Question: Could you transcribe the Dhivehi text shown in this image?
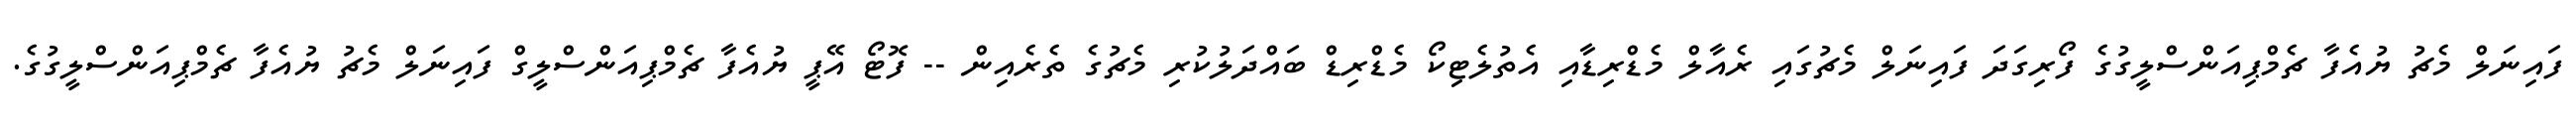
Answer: ފައިނަލް މެޗު ޔުއެފާ ޗެމްޕިއަންސްލީގުގެ ފޯރިގަދަ ފައިނަލް މެޗުގައި ރެއާލް މެޑްރިޑާއި އެތުލެޓިކޯ މެޑްރިޑް ބައްދަލުކުރި މެޗުގެ ތެރެއިން -- ފޮޓޯ އޭޕީ ޔުއެފާ ޗެމްޕިއަންސްލީގް ފައިނަލް މެޗު ޔުއެފާ ޗެމްޕިއަންސްލީގުގެ.